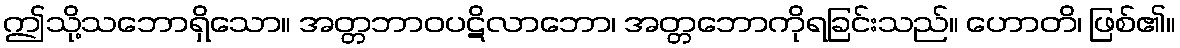
ဤသို့သဘောရှိသော။ အတ္တဘာဝပဋိလာဘော၊ အတ္တဘောကိုရခြင်းသည်။ ဟောတိ၊ ဖြစ်၏။